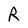
Character: R